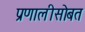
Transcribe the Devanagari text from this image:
प्रणालीसोबत